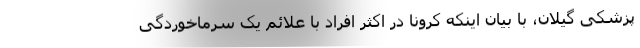
پزشکی گیلان، با بیان اینکه کرونا در اکثر افراد با علائم یک سرماخوردگی